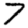
Digit: 7